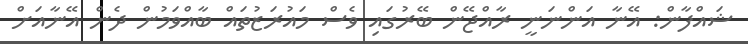
ޝައްފާން: އޭނާ އަންނަނީ ރާއްޖޭން ބޭރުގައި ވެސް މައުރަޒުތައް ބާއްވަމުން ދެން އޭނާއަށް